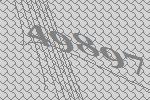
49897